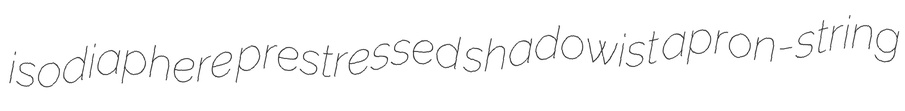
isodiaphere prestressed shadowist apron-string